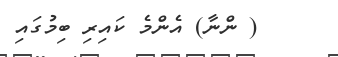
( ންނާ) އެންމެ ކައިރި ބިމުގައި